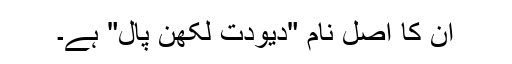
ان کا اصل نام "دیودت لکھن پال" ہے۔